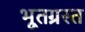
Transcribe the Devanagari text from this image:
भूतग्रस्त